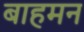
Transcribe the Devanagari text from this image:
बाहमन